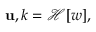
\mathbf { u } , k = \mathcal { H } [ \boldsymbol { w } ] ,